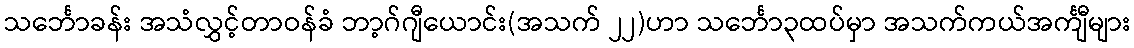
သင်္ဘောခန်း အသံလွှင့်တာဝန်ခံ ဘာ့ဂ်ဂျီယောင်း(အသက် ၂၂)ဟာ သင်္ဘော၃ထပ်မှာ အသက်ကယ်အင်္ကျီများ